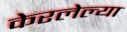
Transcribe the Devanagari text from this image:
केरलेल्या